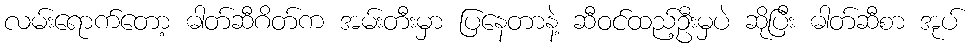
လမ်းရောက်တော့ ဓါတ်ဆီဂိတ်က အမ်းတီးမှာ ပြနေတာနဲ့ ဆီဝင်ထည့်ဦးမှပဲ ဆိုပြီး ဓါတ်ဆီစာ အုပ်